Tezpur Lunatic Asylum reports 1877-1894 - 1877-1894
Year: 1877
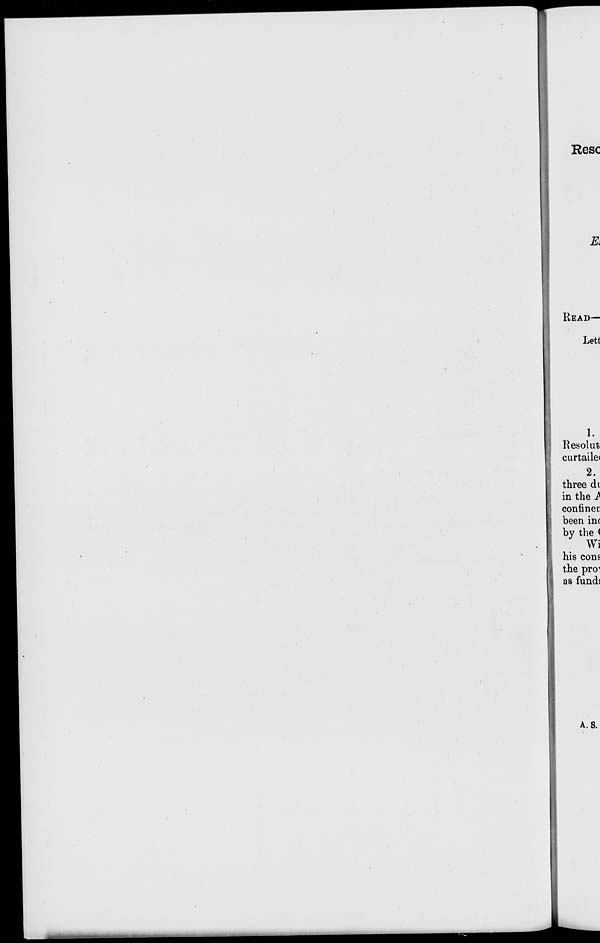
Resc
R
KEAD—
Lett
1.
Kesolut
curtailei
2.
three di
in the A
connner
been inc
by the (
Wi
his cons
the pnr
as funds
A. s.